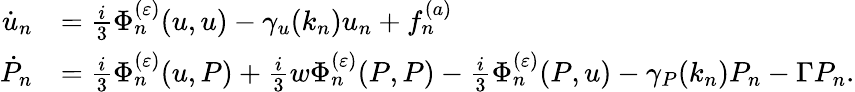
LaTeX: \begin{array}{rl}{\dot{u}_{n}}&{=\frac{i}{3}\Phi_{n}^{(\varepsilon)}(u,u)-\gamma_{u}(k_{n})u_{n}+f_{n}^{(a)}}\\ {\dot{P}_{n}}&{=\frac{i}{3}\Phi_{n}^{(\varepsilon)}(u,P)+\frac{i}{3}w\Phi_{n}^{(\varepsilon)}(P,P)-\frac{i}{3}\Phi_{n}^{(\varepsilon)}(P,u)-\gamma_{P}(k_{n})P_{n}-\Gamma P_{n}.}\end{array}